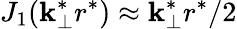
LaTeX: J_{1}(\mathbf{k}_{\perp}^{*}r^{*})\approx\mathbf{k}_{\perp}^{*}r^{*}/2